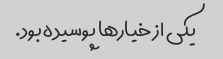
یکی از خیارها پوسیده بود.